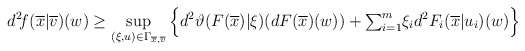
\begin{align*} d^2\!f(\overline{x}|\overline{v})(w)\ge\sup_{(\xi,u)\in\Gamma_{\overline{x},\overline{v}}}\Big\{d^2\vartheta(F(\overline{x})|\xi)(dF(\overline{x})(w))+{\textstyle\sum_{i=1}^m}\xi_id^2F_i(\overline{x}|u_i)(w)\Big\} \end{align*}